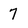
Character: 7